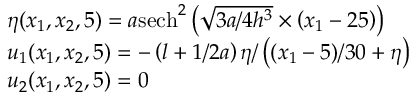
\begin{array} { r l } & { \eta ( x _ { 1 } , x _ { 2 } , 5 ) = a { { \operatorname { s e c h } } ^ { 2 } } \left( \sqrt { 3 a / 4 { { h } ^ { 3 } } } \times \left( x _ { 1 } - 2 5 \right) \right) } \\ & { u _ { 1 } ( x _ { 1 } , x _ { 2 } , 5 ) = - \left( l + 1 / 2 a \right) \eta / \left( ( x _ { 1 } - 5 ) / 3 0 + \eta \right) } \\ & { u _ { 2 } ( x _ { 1 } , x _ { 2 } , 5 ) = 0 } \end{array}